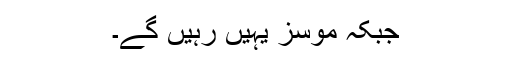
جبکہ موسز یہیں رہیں گے۔